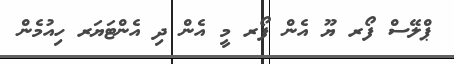
ޕްލޭސް ފޯރ ޔޫ އެން ފޯރ މީ އެން ދި އެންޓަޔަރ ހިއުމެން